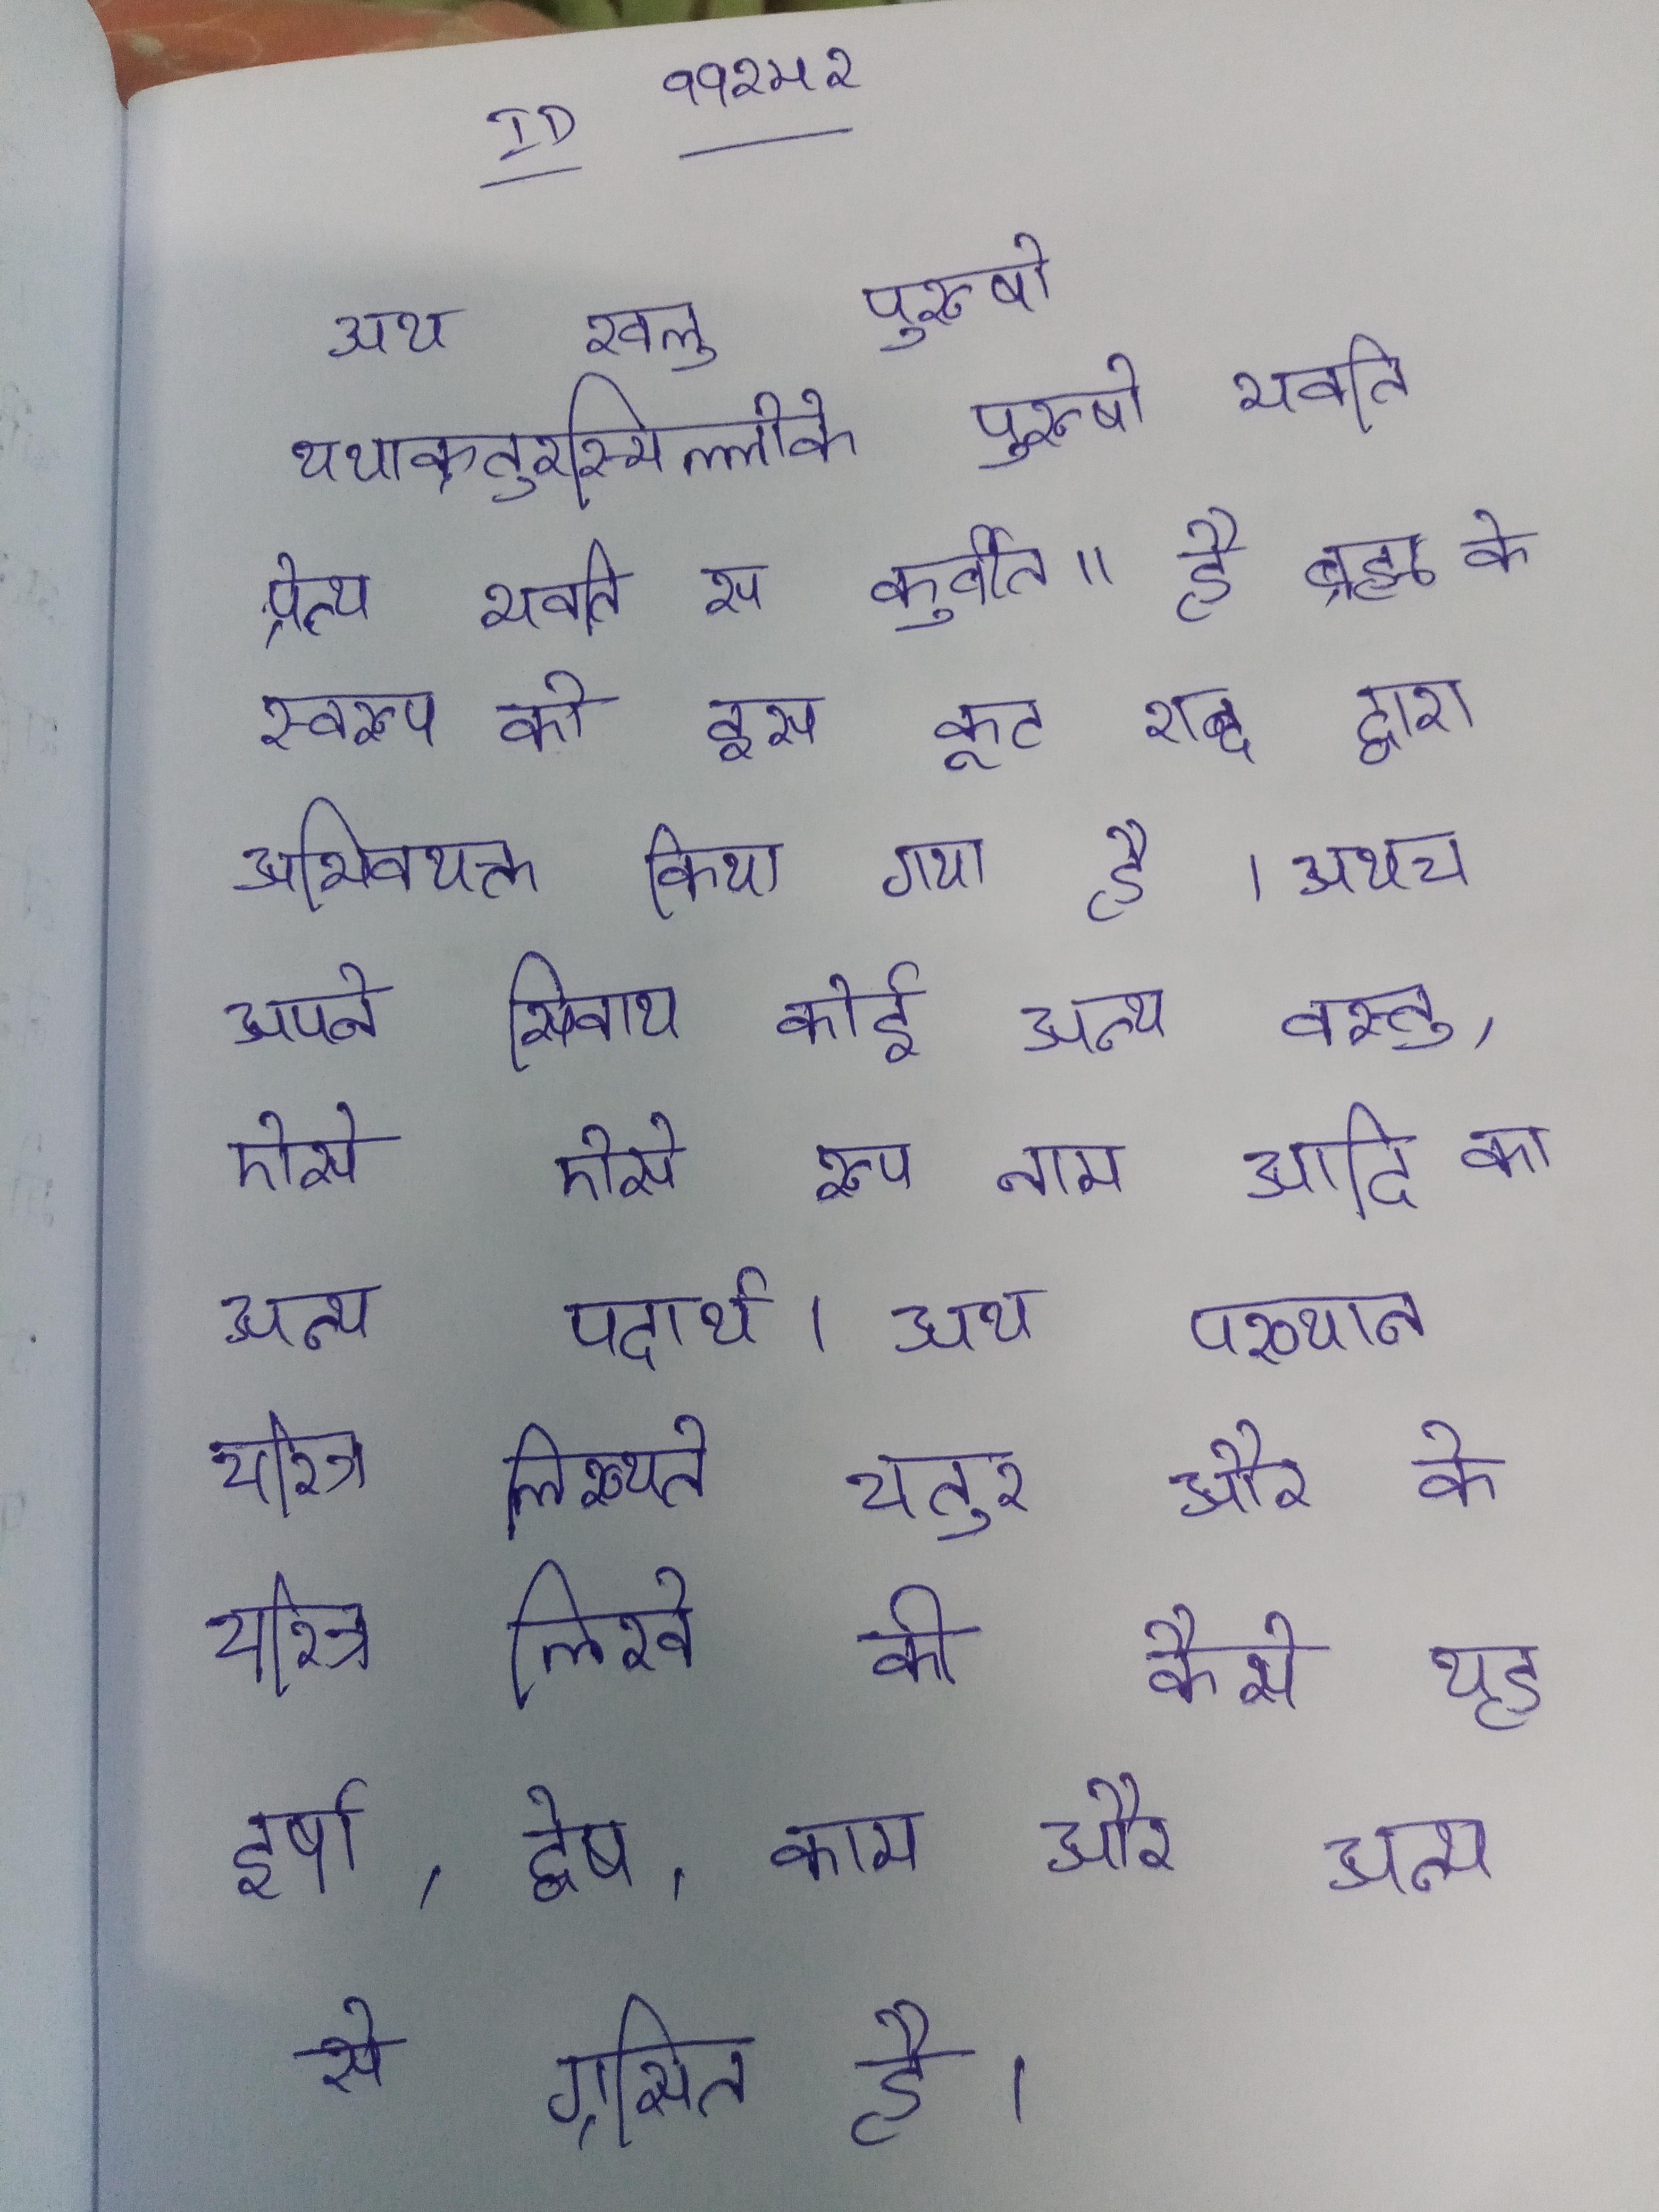
अथ खलु पुरुषो यथाक्रतुरस्मिल्लोके पुरुषो भवति प्रेत्य भवति स कुर्वीत॥ है ब्रह्म के स्वरुप को इस कूट शब्द द्वारा अभिवयक्त किया गया है । अथच अपने सिवाय कोई अन्य वस्तु, ऐसे ऐसे रूप नाम आदि का अन्य पदार्थ । अथ पख्यान चरित्र लिख्यते चतुर और के चरित्र लिखे की कैसे यह इर्षा, द्वेष, काम और अन्य से ग्रसित है ।